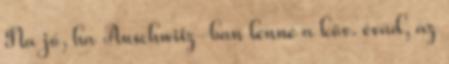
Na jó, ha Auschwitz-ban lenne a köv. évad, az